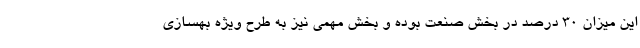
این میزان ۳۰ درصد در بخش صنعت بوده و بخش مهمی نیز به طرح ویژه بهسازی